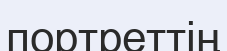
портреттің